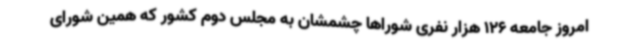
امروز جامعه 126 هزار نفری شوراها چشمشان به مجلس دوم کشور که همین شورای